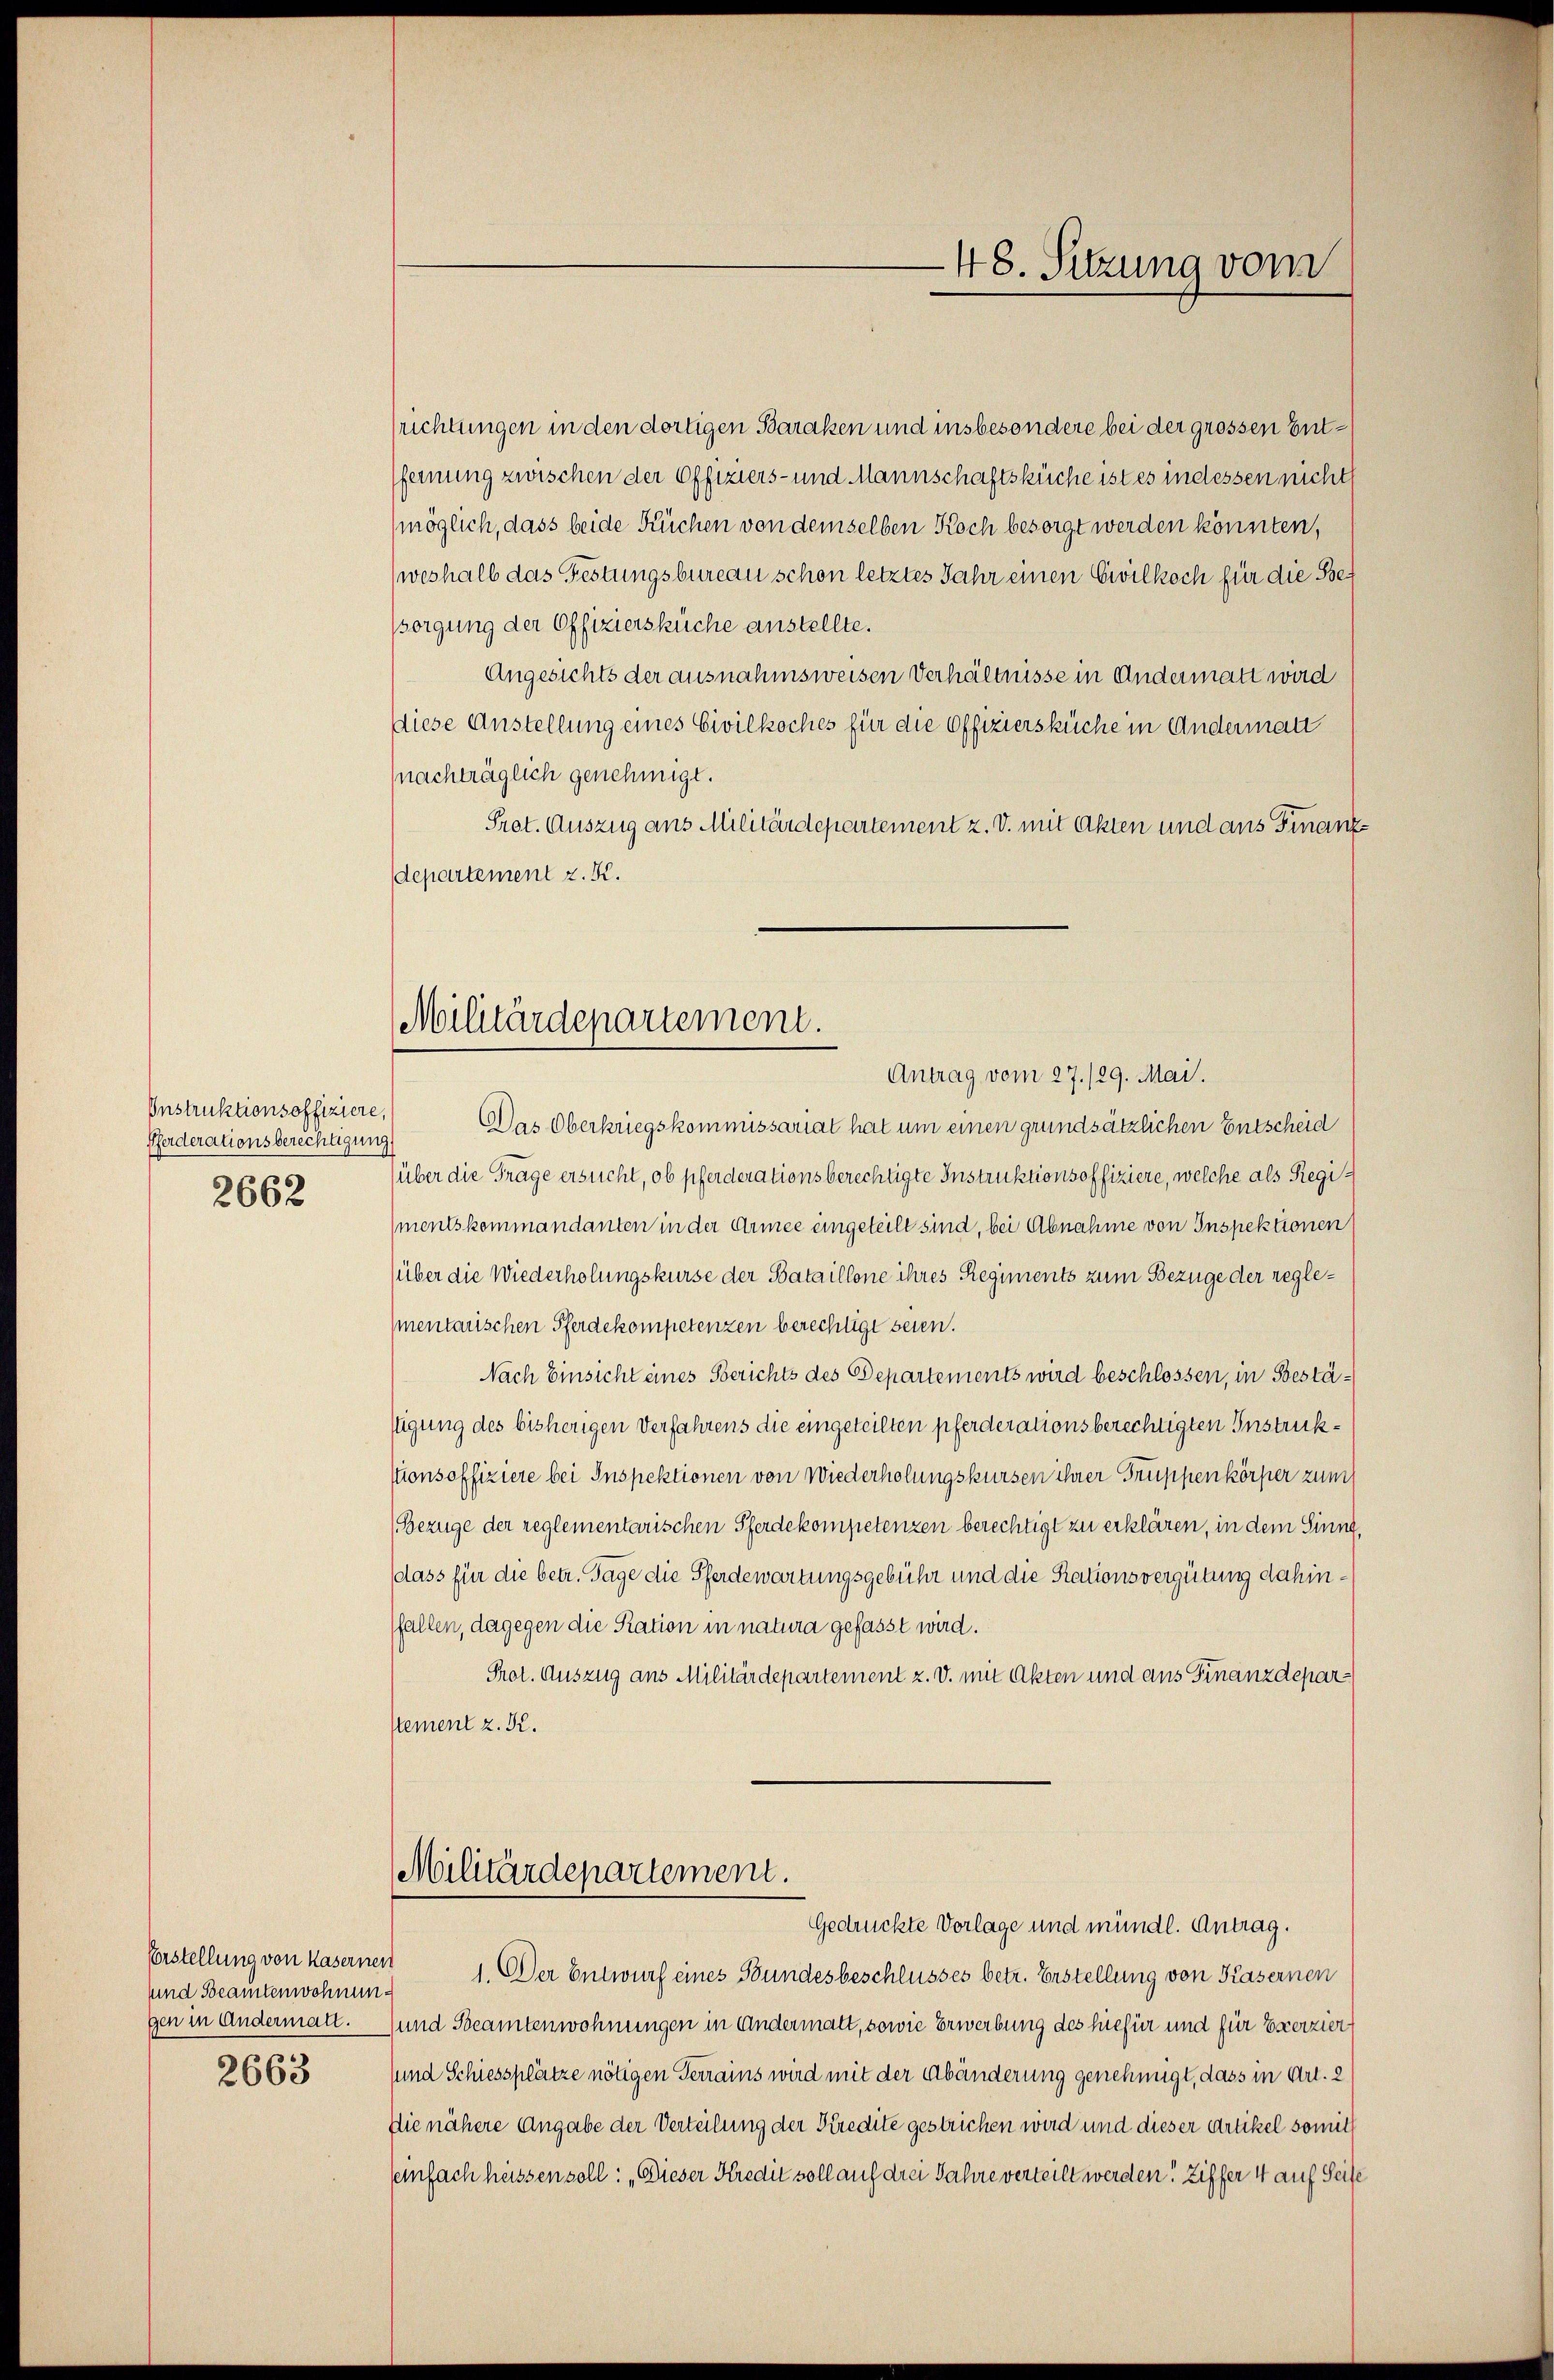
Instruktionsoffiziere
Pferderationsberechtigun
2662

sund Beamtenwohnungen in Andermatt.

2663

Militärdepartement.
Antrag vom 27./29. Mai.

srichtungen in den dortigen Baraken und insbesondere bei der grossen Entfernung zwischen der Offiziers- und Mannschaftsküche ist es indessen nicht
möglich, dass beide Küchen von demselben Koch besorgt werden könnten,
weshalb das Festungsbureau schon letztes Jahr einen Civilkoch für die Bef
sorgung der Offiziersküche anstellte.
Angesichts der ausnahmsweisen Verhältnisse in Andermatt wird
diese Anstellung eines Civilkoches für die Offiziersküche in Andermann
(nachträglich genehmigt.
Pret. Auszug aus Militärdepartement z. v. mit Akten und aus Finanzdepartement z. K.
Das Oberkriegskommissariat hat um einen grundsätzlichen Entscheid
über die Frage ersucht, ob pferderationsberechtigte Instruktionsoffiziere, welche als Regi¬
(mentskommandanten in der Armee eingeteilt sind, bei Abnahme von Inspektionen
über die Wiederholungskurse der Bataillone ihres Regiments zum Bezüge der reglementarischen Pferdekompetenzen berechtigt seien.
Nach Einsicht eines Serichts des Departements wird beschlossen, in Bestästigung des bisherigen Verfahrens die eingeteilten pferderationsberechtigten Instrukstionsoffiziere bei Inspektionen von Wiederholungskursen ihrer Truppenkörper zum
Bezüge der reglementarischen Pferdekompetenzen berechtigt zu erklären, in dem Sinng,
dass für die betr. Tage die Pferdewartungsgebühr und die Rationsvergütung dahinffallen, dagegen die Ration in natura gefasst wird.
Prot. Auszug aus Militärdepartement z. v. mit Akten und aus Finanzdeparstement z. K.
Militärdepartement.
Gedrückte Vorlage und mündl. Antrag.
Erstellung von Kasernen 1. Der Entwurf eines Bundesbeschlusses betr. Erstellung von Kasernen
und Beamtenwohnungen in Andermatt, sowie Erwerbung des hiefür und für Exerzier
sund Schiessplätze nötigen Terrains wird mit der Abänderung genehmigt, dass in Art. 2
Die nähere Angabe der Verteilung der Kredite gestrichen wird und dieser Artikel somit
einfach heissen soll: „Dieser Kredit soll auf drei Jahre verteilt werden. Ziffer 4 auf Seite

48. Sitzung vom